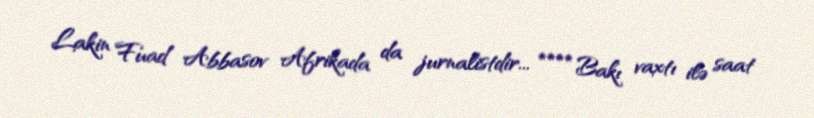
Lakin Fuad Abbasov Afrikada da jurnalistdir... **** Bakı vaxtı ilə saat